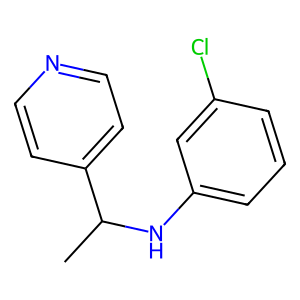
SMILES: CC(Nc1cccc(Cl)c1)c1ccncc1
Inhibits HIV replication: No